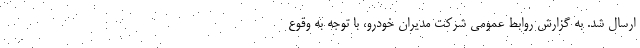
ارسال شد. به گزارش روابط عمومی شرکت مدیران خودرو، با توجه به وقوع